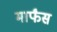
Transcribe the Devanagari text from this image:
मार्फंस